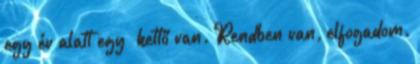
egy év alatt egy –kettő van. Rendben van, elfogadom.